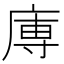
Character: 𭙥